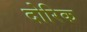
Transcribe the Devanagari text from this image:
दोरिक